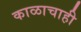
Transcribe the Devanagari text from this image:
काळाचाही